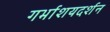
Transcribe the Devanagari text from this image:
गर्भाशयदर्शन